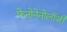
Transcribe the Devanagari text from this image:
फेनोनेनोलाँजी